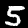
Label: 5